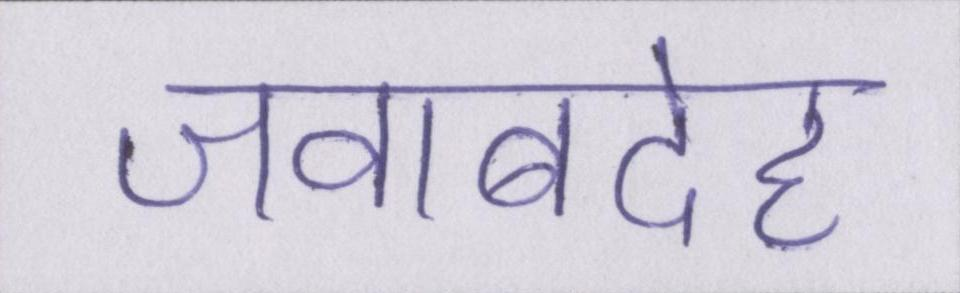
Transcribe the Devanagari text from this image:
जवाबदेह